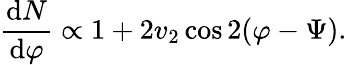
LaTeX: \frac{\mathrm{d}N}{\mathrm{d}\varphi}\propto 1+2v_{2}\cos 2(\varphi-\Psi).